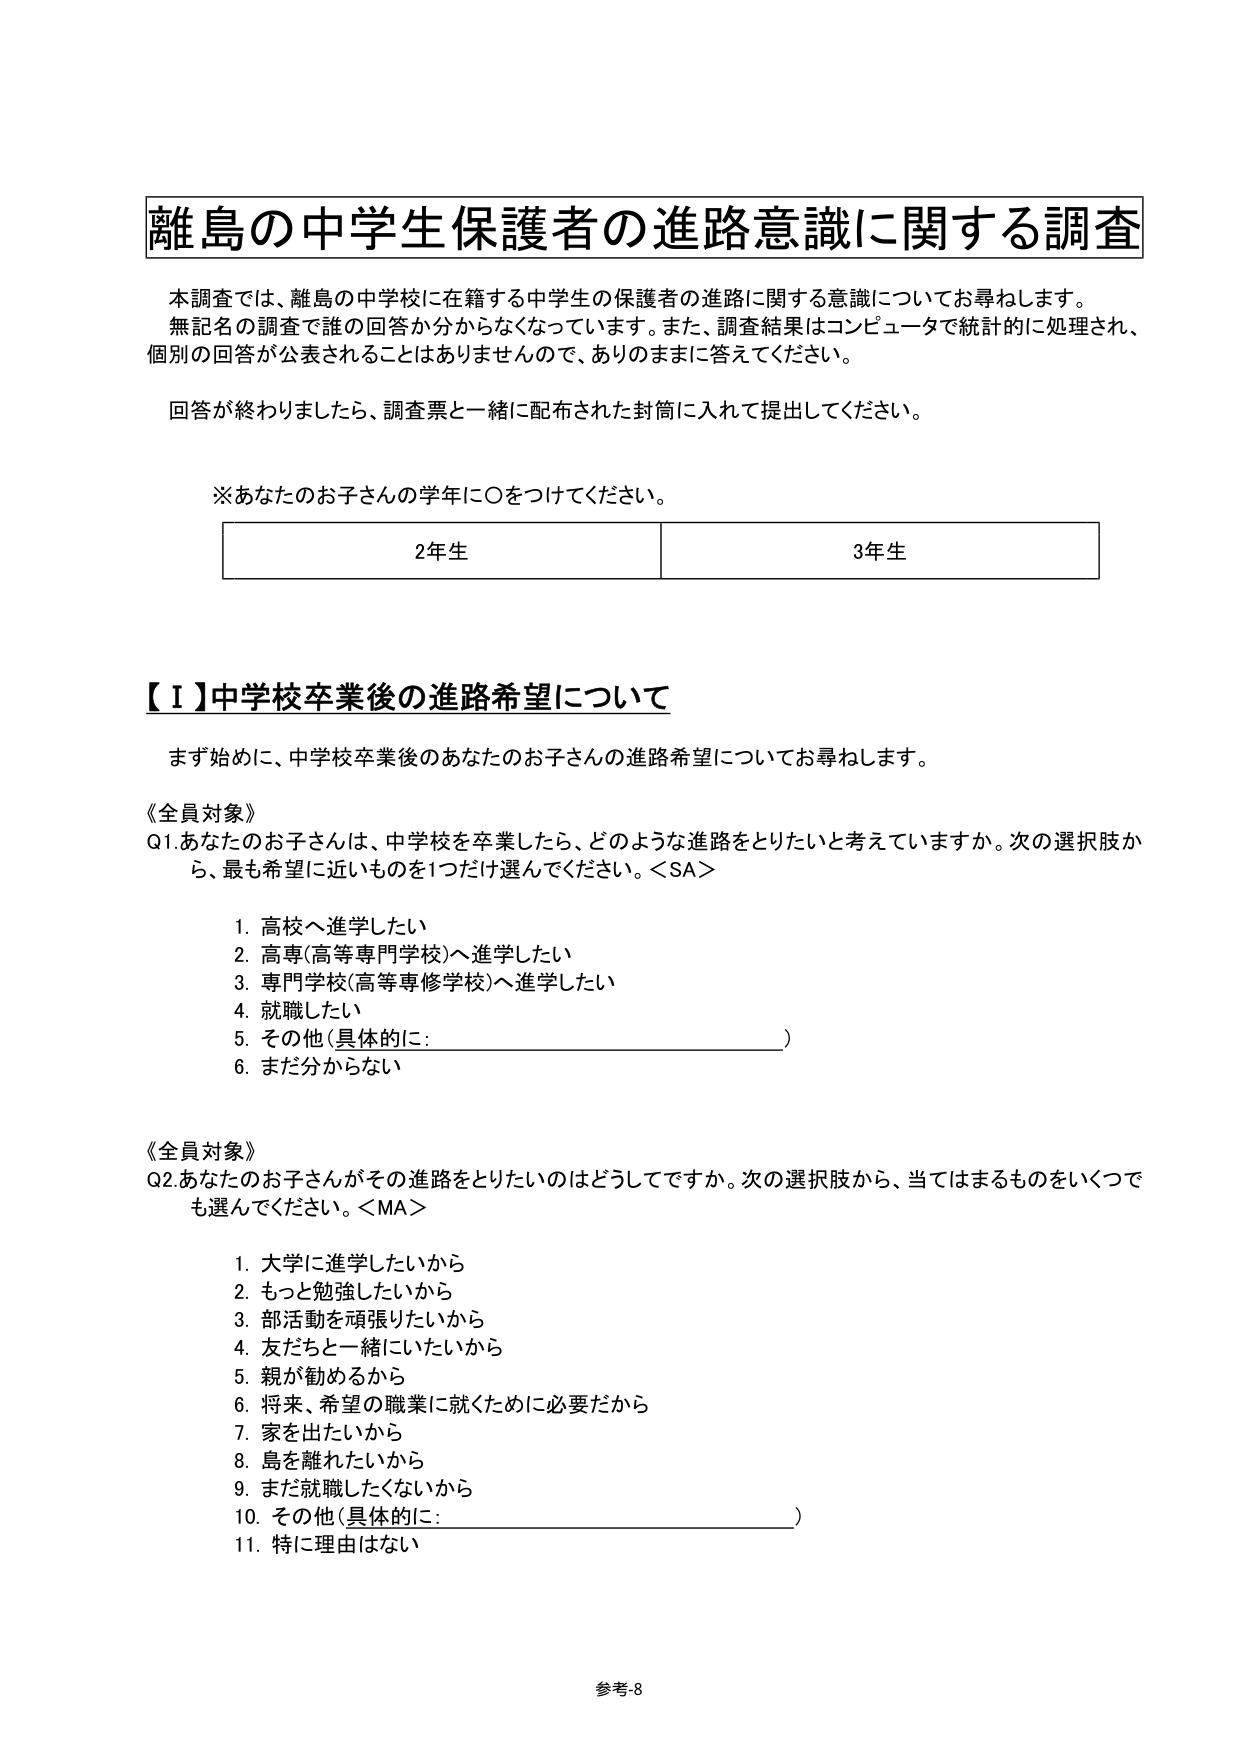
離島の中学生保護者の進路意識に関する調査

本調査では、離島の中学校に在籍する中学生の保護者の進路に関する意識についてお尋ねします。
無記名の調査で誰の回答か分からなくなっています。また、調査結果はコンピュータで統計的に処理され、
個別の回答が公表されることはありませんので、ありのままに答えてください。

回答が終わりましたら、調査票と一緒に配布された封筒に入れて提出してください。

※あなたのお子さんの学年に〇をつけてください。
2年生 3年生

【Ⅰ】中学校卒業後の進路希望について

まず始めに、中学校卒業後のあなたのお子さんの進路希望についてお尋ねします。

《全員対象》
Q1. あなたのお子さんは、中学校を卒業したら、どのような進路をとりたいと考えていますか。次の選択肢か
ら、最も希望に近いものを1つだけ選んでください。＜SA＞

1. 高校へ進学したい
2. 高専(高等専門学校)へ進学したい
3. 専門学校(高等専修学校)へ進学したい
4. 就職したい
5. その他（具体的に：________________________）
6. まだ分からない

《全員対象》
Q2. あなたのお子さんがその進路をとりたいのはどうしてですか。次の選択肢から、当てはまるものをいくつで
も選んでください。＜MA＞

1. 大学に進学したいから
2. もっと勉強したいから
3. 部活動を頑張りたいから
4. 友だちと一緒にいたいから
5. 親が勧めるから
6. 将来、希望の職業に就くために必要だから
7. 家を出たいから
8. 島を離れたいから
9. まだ就職したくないから
10. その他（具体的に：________________________）
11. 特に理由はない

参考-8